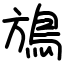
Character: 鴋